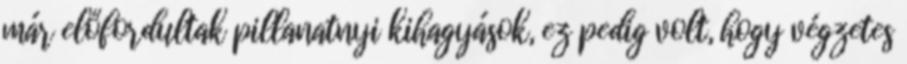
már előfordultak pillanatnyi kihagyások, ez pedig volt, hogy végzetes